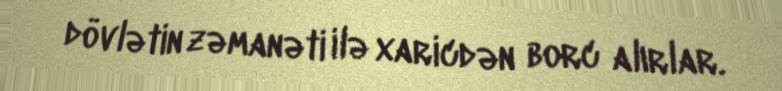
dövlətin zəmanəti ilə xaricdən borc alırlar.